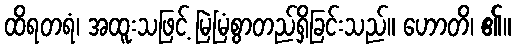
ထိရတရံ၊ အထူးသဖြင့် မြဲမြံစွာတည်ရှိခြင်းသည်။ ဟောတိ၊ ၏။